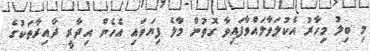
މި ބިލު މިހާރު އެކުލަވާލައްވާފައިވާ ގޮތުން މާލެ ފިޔަވައި އެހެން އިދާރީ ދާއިރާތަކުގެ